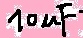
Text: 10µF